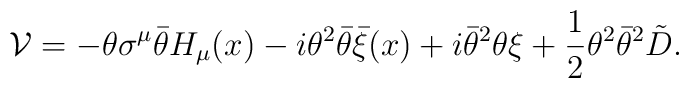
{\cal V} = -\theta \sigma^{\mu} \bar \theta H_{\mu}(x) - i \theta^2 \bar \theta \bar \xi(x) +i \bar \theta^2 \theta \xi + \frac{1}{2} \theta^2 \bar \theta^2 \tilde D.